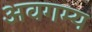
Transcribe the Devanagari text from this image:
अवगम्य